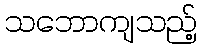
သဘောကျသည့်